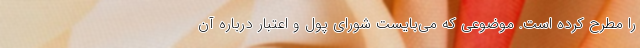
را مطرح کرده است. موضوعی که می‌بایست شورای پول و اعتبار درباره آن